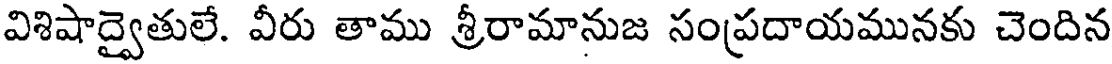
విశిషాద్వైతులే. వీరు తాము శ్రీరామానుజ సంప్రదాయమునకు చెందిన